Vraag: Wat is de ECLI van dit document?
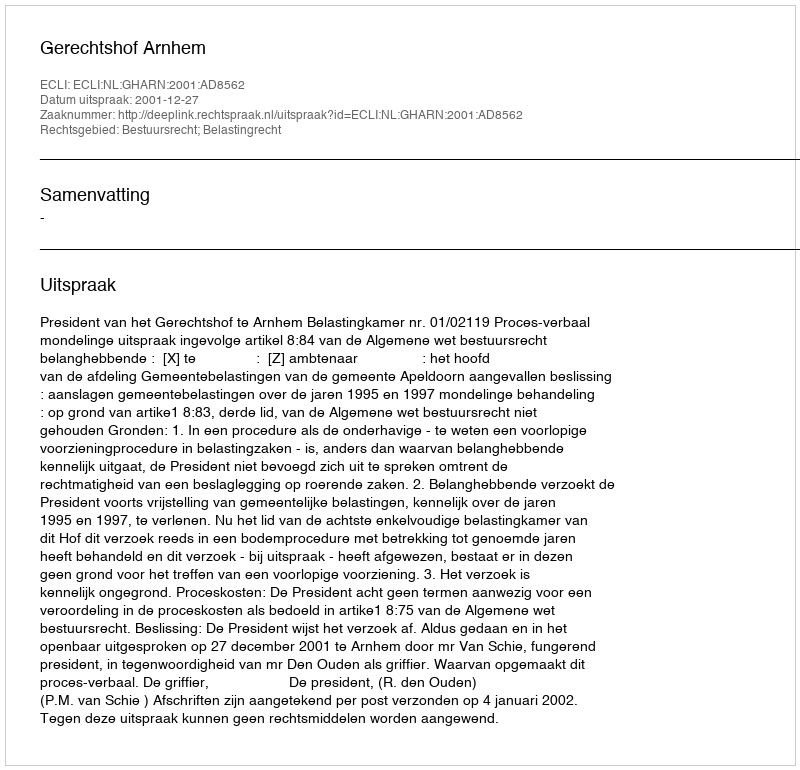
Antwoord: ECLI:NL:GHARN:2001:AD8562